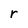
Character: r